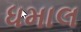
ધમાલ